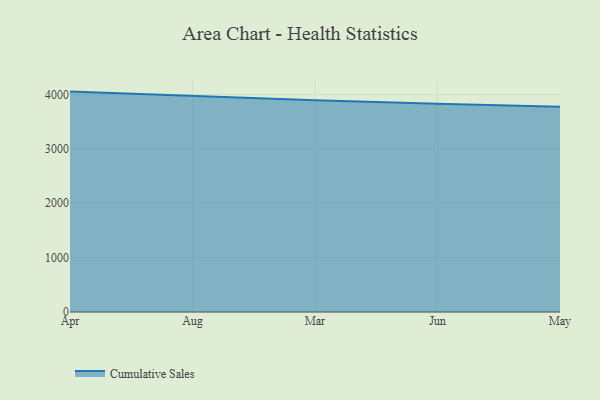
{"axis": {"x": "Month", "y": "Headcount"}, "legend": ["Cumulative Sales"], "data": [{"x": "Apr", "y": 4054.6, "type": "Cumulative Sales"}, {"x": "Aug", "y": 3971.7, "type": "Cumulative Sales"}, {"x": "Mar", "y": 3894.2, "type": "Cumulative Sales"}, {"x": "Jun", "y": 3831.4, "type": "Cumulative Sales"}, {"x": "May", "y": 3776.9, "type": "Cumulative Sales"}]}